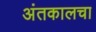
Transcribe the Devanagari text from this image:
अंतकालचा